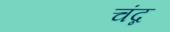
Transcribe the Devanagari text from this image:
चंद्न